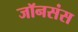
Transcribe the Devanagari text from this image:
जॉनसंस